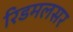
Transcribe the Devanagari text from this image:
रिडमलसर